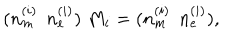
LaTeX: ( n _ { m } ^ { ( i ) } \: \: n _ { e } ^ { ( i ) } ) \; M _ { i } = ( n _ { m } ^ { ( i ) } \: \: n _ { e } ^ { ( i ) } ) ,